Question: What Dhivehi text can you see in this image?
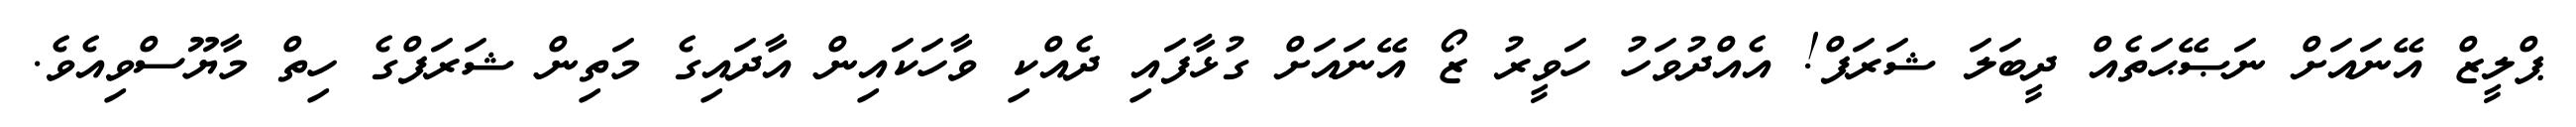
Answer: ޕްލީޒް އޭނައަށް ނަޞޭޙަތެއް ދީބަލަ ޝަރަފް! އެއްދުވަހު ހަވީރު ޒޯ އޭނައަށް ގުޅާފައި ދެއްކި ވާހަކައިން އާދައިގެ މަތިން ޝަރަފްގެ ހިތް މާޔޫސްވިއެވެ.